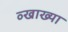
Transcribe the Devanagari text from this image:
व्खाख्या